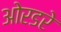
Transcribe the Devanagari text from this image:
ओरडरे